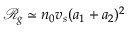
\mathscr { R } _ { g } \simeq n _ { 0 } v _ { s } ( a _ { 1 } + a _ { 2 } ) ^ { 2 }